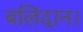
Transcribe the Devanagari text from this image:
बलिदान।